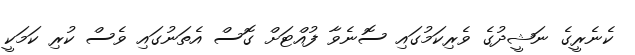
ކެނެރީގެ ނަޝީދުގެ ވެރިކަމުގައި ސޮނެވާ ފުއްޓަށް ގޮސް އެތަނުގައި ވެސް ކުރި ކަމަކީ